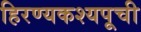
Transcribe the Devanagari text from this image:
हिरण्यकश्यपूची